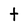
Character: t